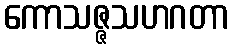
ကောသဇ္ဇသဟဂတာ